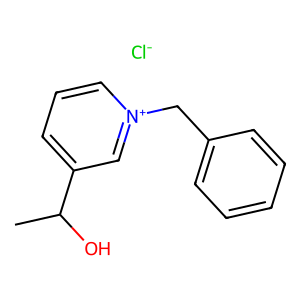
SMILES: CC(O)c1ccc[n+](Cc2ccccc2)c1.[Cl-]
Inhibits HIV replication: No